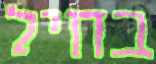
בחיל